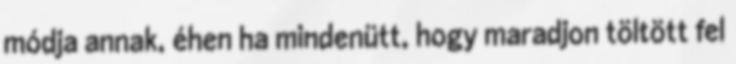
módja annak, éhen ha mindenütt, hogy maradjon töltött fel